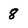
Character: 8